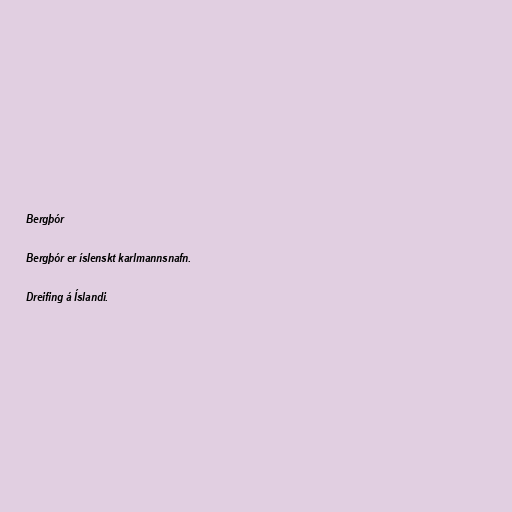
Bergþór

Bergþór er íslenskt karlmannsnafn.

Dreifing á Íslandi.